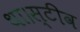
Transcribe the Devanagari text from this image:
था।स्टीव